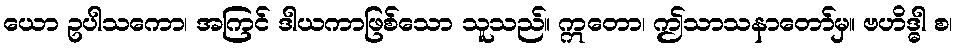
ယော ဥပါသကော၊ အကြင် ဒါယကာဖြစ်သော သူသည်။ ဣတော၊ ဤသာသနာတော်မှ။ ဗဟိဒ္ဓါ စ၊